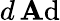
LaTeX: d\operatorname{\mathbf{A}d}